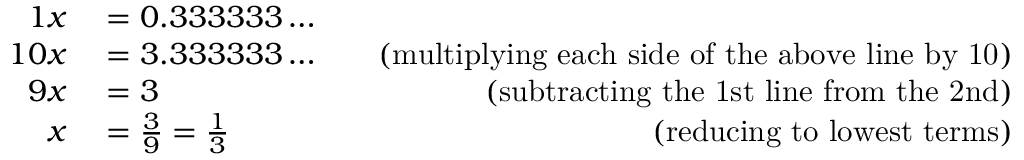
\begin{array} { r l r } { { 1 } x } & { { } = 0 . 3 3 3 3 3 3 \ldots } \\ { 1 0 x } & { { } = 3 . 3 3 3 3 3 3 \ldots \quad } & { { \mathrm { ( m u l t i p l y i n g ~ e a c h ~ s i d e ~ o f ~ t h e ~ a b o v e ~ l i n e ~ b y ~ 1 0 ) } } } \\ { 9 x } & { { } = 3 } & { { \mathrm { ( s u b t r a c t i n g ~ t h e ~ 1 s t ~ l i n e ~ f r o m ~ t h e ~ 2 n d ) } } } \\ { x } & { { } = { \frac { 3 } { 9 } } = { \frac { 1 } { 3 } } } & { { \mathrm { ( r e d u c i n g ~ t o ~ l o w e s t ~ t e r m s ) } } } \end{array}